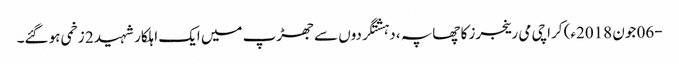
-06 جون 2018ء) کراچی می رینجرز کا چھاپہ ، دہشتگردوں سے جھڑپ میں ایک اہلکار شہید 2 زخمی ہو گئے۔